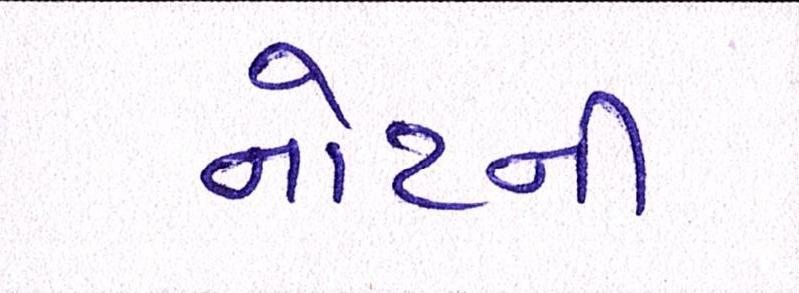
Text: નોટની